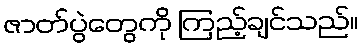
ဇာတ်ပွဲတွေကို ကြည့်ချင်သည်။